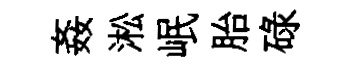
姦淞岷胎碌